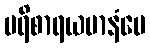
ပရိစာရယမာနံပေ